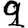
Digit: 9